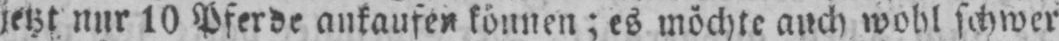
jetzt nur 10 Pferde ankaufen können;es möchte auch wohl schwer